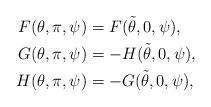
LaTeX: \begin{align*}\begin{aligned}F(\theta,\pi,\psi)&=F(\tilde{\theta},0,\psi), \\G(\theta,\pi,\psi)&=-H(\tilde{\theta},0,\psi), \\H(\theta,\pi,\psi)&=-G(\tilde{\theta},0,\psi),\end{aligned}\end{align*}